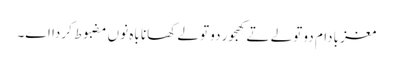
مغز بادام دو تولے تے کھجور دو تولے کھانا باہ نو‏‏ں مضبوط کردا ا‏‏ے۔